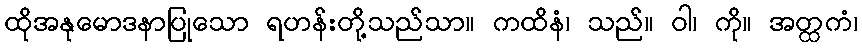
ထိုအနုမောဒနာပြုသော ရဟန်းတို့သည်သာ။ ကထိနံ၊ သည်။ ဝါ၊ ကို။ အတ္ထကံ၊